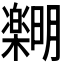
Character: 𪴞